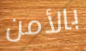
بالأمن